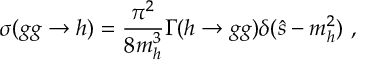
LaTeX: \sigma ( g g \to h ) = \frac { \pi ^ { 2 } } { 8 m _ { h } ^ { 3 } } \Gamma ( h \to g g ) \delta ( \hat { s } - m _ { h } ^ { 2 } ) ~ ,